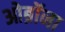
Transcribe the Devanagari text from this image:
ओब्रॉना